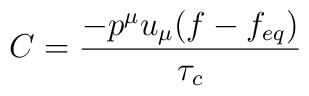
C = {-{p^\mu u_\mu (f-f_{eq})} \over {\tau_c}}